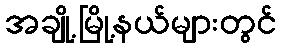
အချို့မြို့နယ်များတွင်